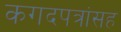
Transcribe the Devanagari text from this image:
कगदपत्रांसह